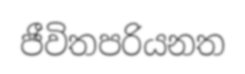
ජීවිතපරියනත